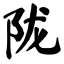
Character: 陇